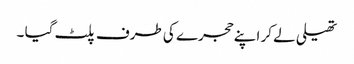
تھیلی لے کر اپنے حجرے کی طرف پلٹ گیا ۔